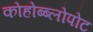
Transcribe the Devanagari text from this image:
कोहोब्ब्लोपोट